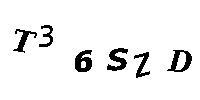
T36SZD